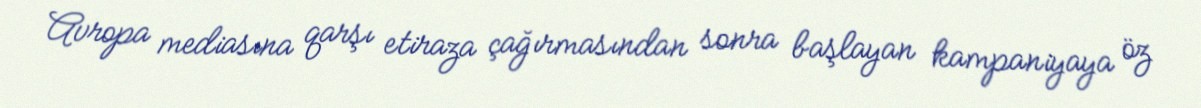
Avropa mediasına qarşı etiraza çağırmasından sonra başlayan kampaniyaya öz